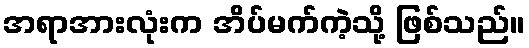
အရာအားလုံးက အိပ်မက်ကဲ့သို့ ဖြစ်သည်။